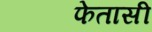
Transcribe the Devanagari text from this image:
फेतासी